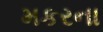
મકરના